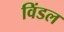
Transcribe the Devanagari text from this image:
विंडल